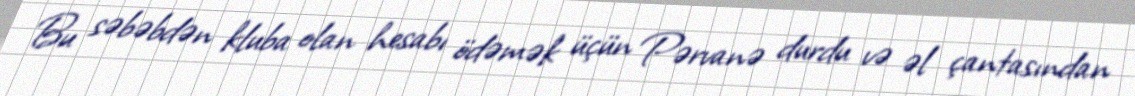
Bu səbəbdən kluba olan hesabı ödəmək üçün Pərvanə durdu və əl çantasından